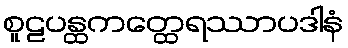
စူဠပန္ထကတ္ထေရဿာပဒါနံ